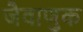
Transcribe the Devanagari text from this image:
जैवाणुक